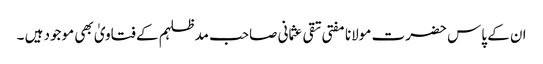
ان کے پاس حضرت مولانا مفتی تقی عثمانی صاحب مدظلہم کے فتاویٰ بھی موجود ہیں ۔